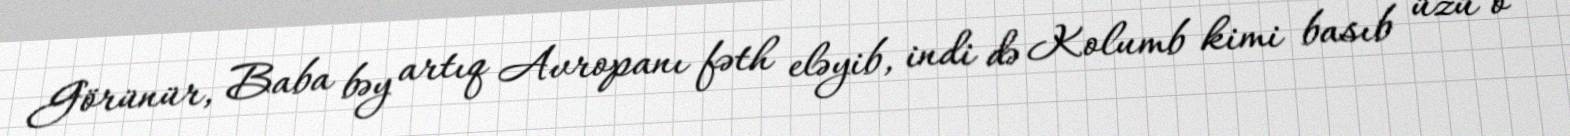
Görünür, Baba bəy artıq Avropanı fəth eləyib, indi də Kolumb kimi basıb üzü o